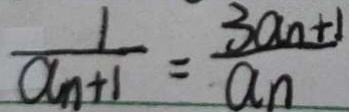
\frac { 1 } { a _ { n } + 1 } = \frac { 3 a _ { n } + 1 } { a _ { n } }